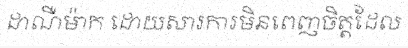
ដាណឺម៉ាក ដោយសារការមិនពេញចិត្តដែល